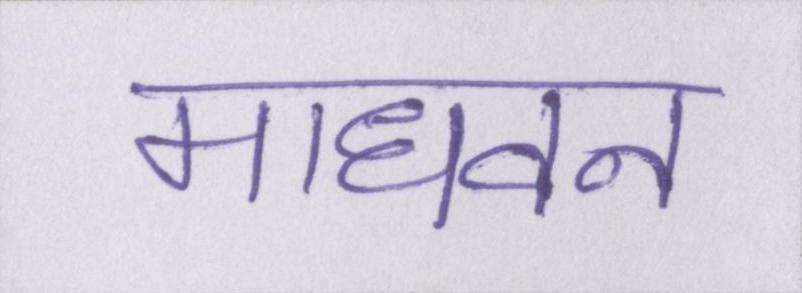
माधवन